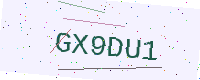
Text: GX9DU1